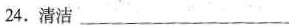
24.清洁___